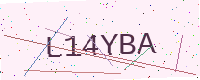
Text: L14YBA